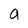
Character: a